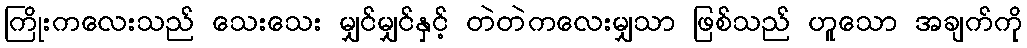
ကြိုးကလေးသည် သေးသေး မျှင်မျှင်နှင့် တဲတဲကလေးမျှသာ ဖြစ်သည် ဟူသော အချက်ကို